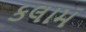
કલામ